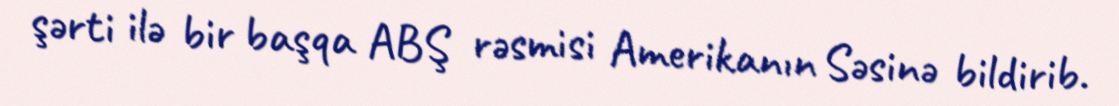
şərti ilə bir başqa ABŞ rəsmisi Amerikanın Səsinə bildirib.